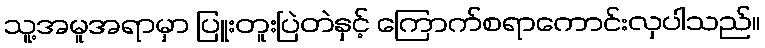
သူ့အမူအရာမှာ ပြူးတူးပြဲတဲနှင့် ကြောက်စရာကောင်းလှပါသည်။